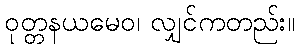
ဝုတ္တနယမေဝ၊ လျှင်ကတည်း။